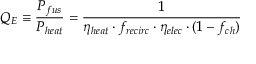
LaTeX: Q _ { E } \equiv { \frac { P _ { f u s } } { P _ { h e a t } } } = { \frac { 1 } { \eta _ { h e a t } \cdot f _ { r e c i r c } \cdot \eta _ { e l e c } \cdot ( 1 - f _ { c h } ) } }